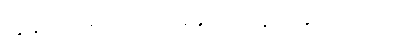
ကျွန်တော်မှာ အိတ် အသေးတွေ ငါးခုပါပါတယ်။